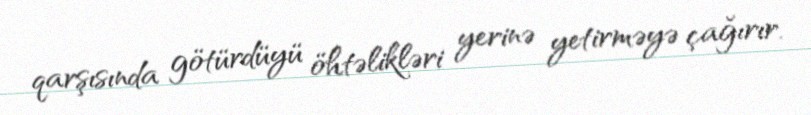
qarşısında götürdüyü öhtəlikləri yerinə yetirməyə çağırır.